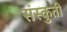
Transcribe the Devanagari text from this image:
संस्कुती